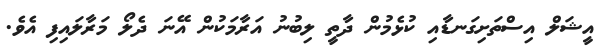
އީޝަލް އިސްތަށިގަނޑާއި ކުޅެމުން ދާތީ ލިބުނު އަރާމަކުން އޭނަ ދެލޯ މަރާލައިފި އެވެ.